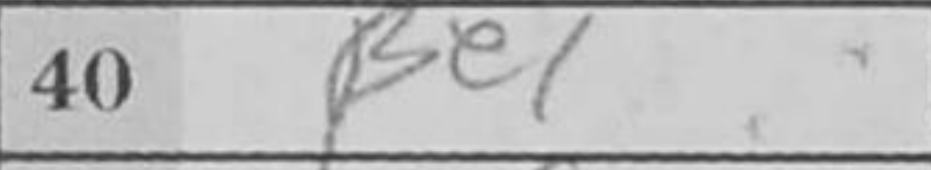
Transcription: Be1